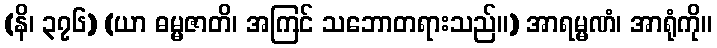
(နိ၊ ၃၇၆) (ယာ ဓမ္မဇာတိ၊ အကြင် သဘောတရားသည်။) အာရမ္မဏံ၊ အာရုံကို။